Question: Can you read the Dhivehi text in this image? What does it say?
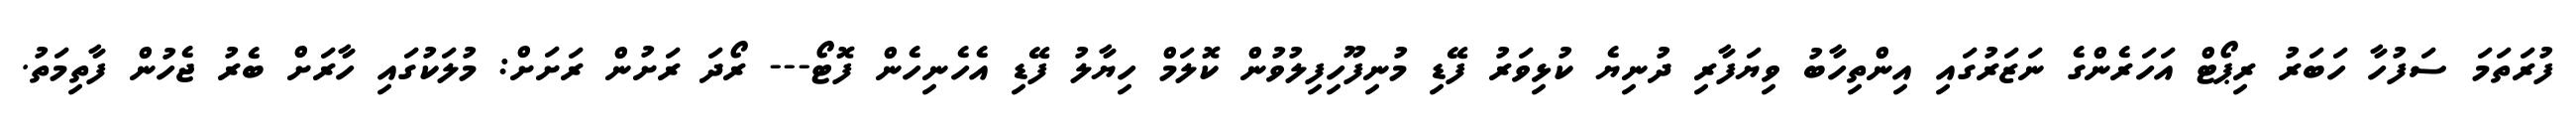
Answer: ފުރަތަމަ ސަފުހާ ހަބަރު ރިޕޯޓް އަހަރެންގެ ނަޒަރުގައި އިންތިހާބު ވިޔަފާރި ދުނިޔެ ކުޅިވަރު ފޭޑި މުނިފޫހިފިލުވުން ކޮލަމް ހިޔާލު ފޭޑި އެހެނިހެން ފޮޓޯ--- ރޯދަ ރަށުން ރަށަށް: މުލަކުގައި ހާރަށް ބެރު ޖެހުން ފާތިމަތު.